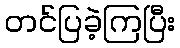
တင်ပြခဲ့ကြပြီး